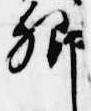
卿